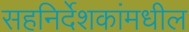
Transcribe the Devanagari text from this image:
सहनिर्देशकांमधील